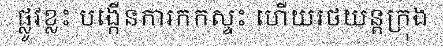
ផ្លូវខ្លះ បង្កើនការកកស្ទះ ហើយរថយន្តក្រុង